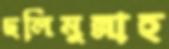
ছলিমুল্লাহ